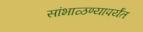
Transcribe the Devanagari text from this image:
सांभाळण्यापर्यंत